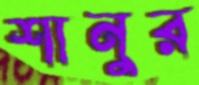
শানুর